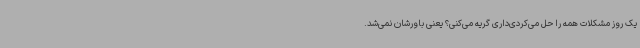
یک روز مشکلات همه را حل می‌کردی‌داری گریه می‌کنی؟ یعنی باورشان نمی‌شد.